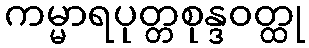
ကမ္မာရပုတ္တစုန္ဒဝတ္ထု